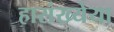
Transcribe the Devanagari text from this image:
हासंख्येया